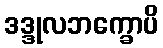
ဒဒ္ဒုလဘက္ခောပိ